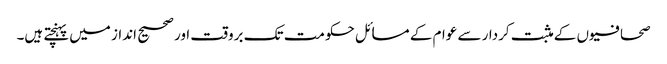
صحافیوں کے مثبت کردار سے عوام کے مسائل حکومت تک بروقت اور صحیح انداز میں پہنچتے ہیں۔